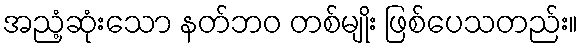
အညံ့ဆုံးသော နတ်ဘဝ တစ်မျိုး ဖြစ်ပေသတည်း။